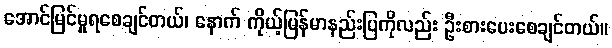
အောင်မြင်မှုရစေချင်တယ်၊ နောက် ကိုယ့်မြန်မာနည်းပြကိုလည်း ဦးစားပေးစေချင်တယ်။